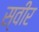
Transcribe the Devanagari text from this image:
स्वीर